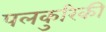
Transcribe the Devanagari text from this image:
पलकुरिकी